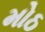
મોઠ